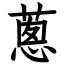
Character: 蔥